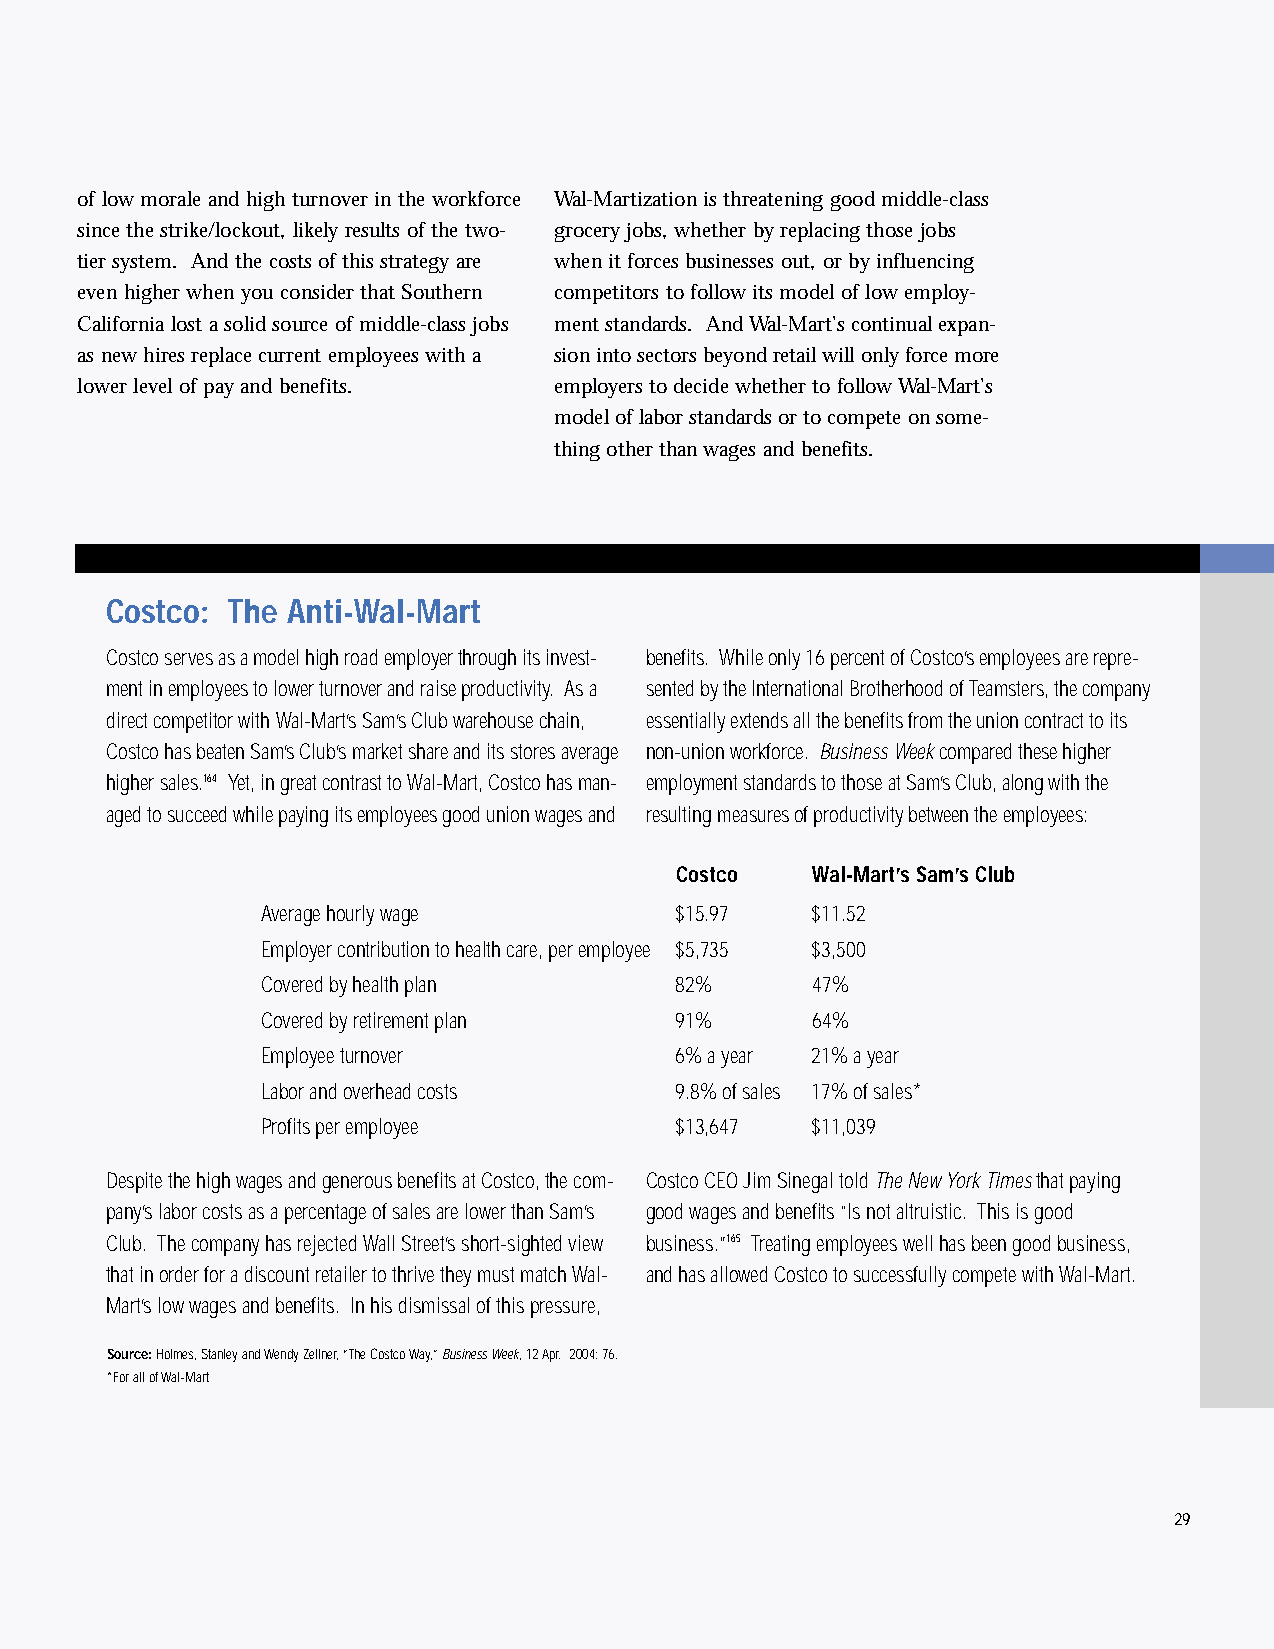
inside2.qxd 11/8/2005 11:17 AM Page 29
 of low morale and high turnover in the workforce Wal-Martization is threatening good middle-class
 since the strike/lockout, likely results of the two- grocery jobs, whether by replacing those jobs
 tier system. And the costs of this strategy are when it forces businesses out, or by influencing
 even higher when you consider that Southern competitors to follow its model of low employ-
 California lost a solid source of middle-class jobs ment standards. And Wal-Mart’s continual expan-
 as new hires replace current employees with a sion into sectors beyond retail will only force more
 lower level of pay and benefits. employers to decide whether to follow Wal-Mart’s
 model of labor standards or to compete on some-
 thing other than wages and benefits.
 Costco: The Anti-Wal-Mart
 Costco serves as a model high road employer through its invest- benefits. While only 16 percent of Costco’s employees are repre-
 ment in employees to lower turnover and raise productivity. As a sented by the International Brotherhood of Teamsters, the company
 direct competitor with Wal-Mart’s Sam’s Club warehouse chain, essentially extends all the benefits from the union contract to its
 Costco has beaten Sam’s Club’s market share and its stores average non-union workforce. Business Weekcompared these higher
 higher sales.164 Yet, in great contrast to Wal-Mart, Costco has man- employment standards to those at Sam’s Club, along with the
 aged to succeed while paying its employees good union wages and resulting measures of productivity between the employees:
 Costco   Wal-Mart’s Sam’s Club
 Average hourly wage         $15.97   $11.52
 Employer contribution to health care, per employee $5,735 $3,500
 Covered by health plan      82%      47%
 Covered by retirement plan  91%      64%
 Employee turnover           6% a year 21% a year
 Labor and overhead costs    9.8% of sales 17% of sales*
 Profits per employee        $13,647  $11,039
 Despite the high wages and generous benefits at Costco, the com- Costco CEO Jim Sinegal told The New York Timesthat paying
 pany’s labor costs as a percentage of sales are lower than Sam’s good wages and benefits “Is not altruistic. This is good
 Club. The company has rejected Wall Street’s short-sighted view business.”165 Treating employees well has been good business,
 that in order for a discount retailer to thrive they must match Wal- and has allowed Costco to successfully compete with Wal-Mart.
 Mart’s low wages and benefits. In his dismissal of this pressure,
 Source:Holmes, Stanley and Wendy Zellner, “The Costco Way,” Business Week, 12 Apr. 2004: 76.
 *For all of Wal-Mart
 29